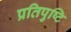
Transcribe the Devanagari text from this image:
प्रतिपुष्‍टि